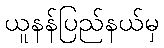
ယူနန်ပြည်နယ်မှ